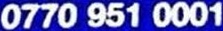
0770 951 0001